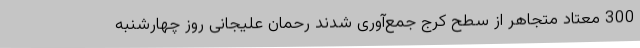
300 معتاد متجاهر از سطح کرج جمع‌آوری شدند رحمان علیجانی روز چهارشنبه